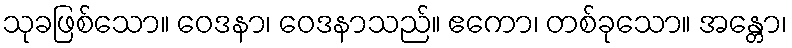
သုခဖြစ်သော။ ဝေဒနာ၊ ဝေဒနာသည်။ ဧကော၊ တစ်ခုသော။ အန္တော၊